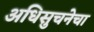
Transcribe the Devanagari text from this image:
अधिसुचनेचा